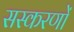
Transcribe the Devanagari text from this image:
सस्करणों